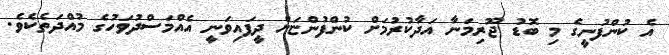
އެ ކުންފުނީގެ މި ބޮޑު ޖޫރިމަނާ އަދާކުރުމަށް ކުންފުންޏަށް ދީފައިވަނީ އެއްމަސްދުވަހުގެ މުއްދަތެކެވެ.